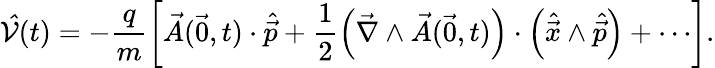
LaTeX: \mathcal{\hat{V}}(t)=-\frac{q}{m}\left[\vec{A}(\vec{0},t)\cdot\hat{\vec{p}}+\frac{1}{2}\left(\vec{\nabla}\wedge\vec{A}(\vec{0},t)\right)\cdot\left(\hat{\vec{x}}\wedge\hat{\vec{p}}\right)+\cdots\right].